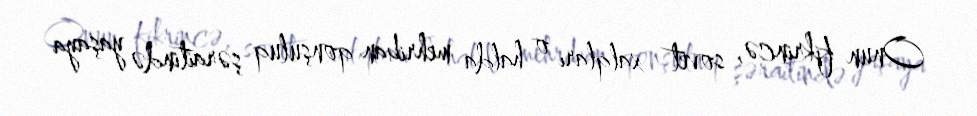
Onun fikrincə, sovet xalqları o halda mehriban qonşuluq şəraitində yaşaya